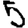
Digit: 5